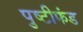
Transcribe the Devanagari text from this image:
पुष्टीफंड